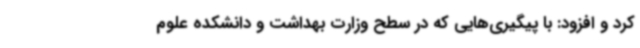
کرد و افزود: با پیگیری‌هایی که در سطح وزارت بهداشت و دانشکده علوم